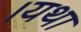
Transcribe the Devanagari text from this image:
।यथा